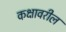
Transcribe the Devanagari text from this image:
कक्षावरील